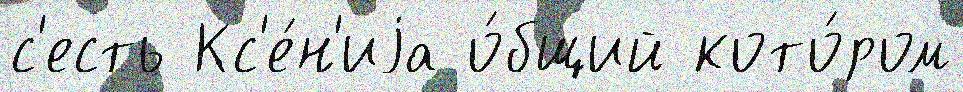
с'есть Кс'е́н'иjа о́бщий кото́ром